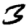
Digit: 3